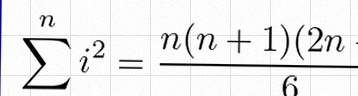
\sum_{i=1}^{n}i^2=\frac{n(n+1)(2n+1)}6